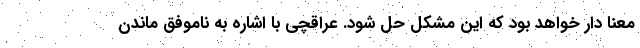
معنا دار خواهد بود که این مشکل حل شود. عراقچی با اشاره به ناموفق ماندن